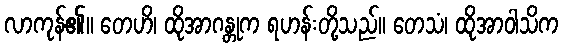
လာကုန်၏။ တေဟိ၊ ထိုအာဂန္တုက ရဟန်းတို့သည်။ တေသံ၊ ထိုအာဝါသိက